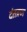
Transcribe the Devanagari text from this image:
दंतव्रण